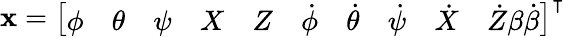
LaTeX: {\mathbf{x}}=\left[\begin{array}{llllllllll}{\phi}&{\theta}&{\psi}&{X}&{Z}&{\dot{\phi}}&{\dot{\theta}}&{\dot{\psi}}&{\dot{X}}&{\dot{Z}\textbf{}\textbf{}\beta\textbf{}\textbf{}\dot{\beta}}\end{array}\right]^{\intercal}